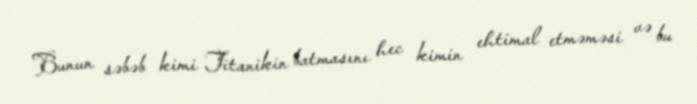
Bunun səbəb kimi Titanikin batmasını hec kimin ehtimal etməməsi və bu